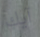
آيك